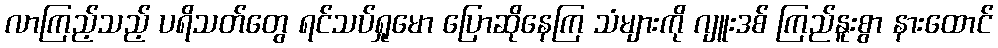
လာကြည့်သည့် ပရိသတ်တွေ ရင်သပ်ရှုမော ပြောဆိုနေကြ သံများကို ဂျူးဒစ် ကြည်နူးစွာ နားထောင်